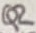
Text: Q2